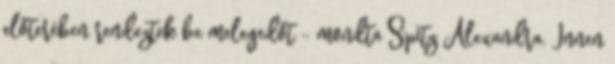
előterében rendeztek be melegedőt - mondta Spitz Alexandra. Innen